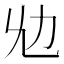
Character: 𠠷